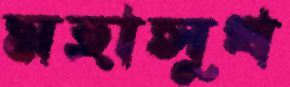
মহাসুখ